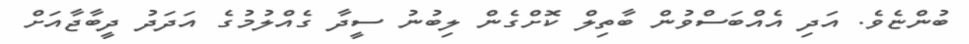
ބުންޏެވެ. އަދި އެއްބަސްވުން ބާތިލް ކޮށްގެން ލިބުނު ސީދާ ގެއްލުމުގެ އަދަދު ދީބާޖާއަށް